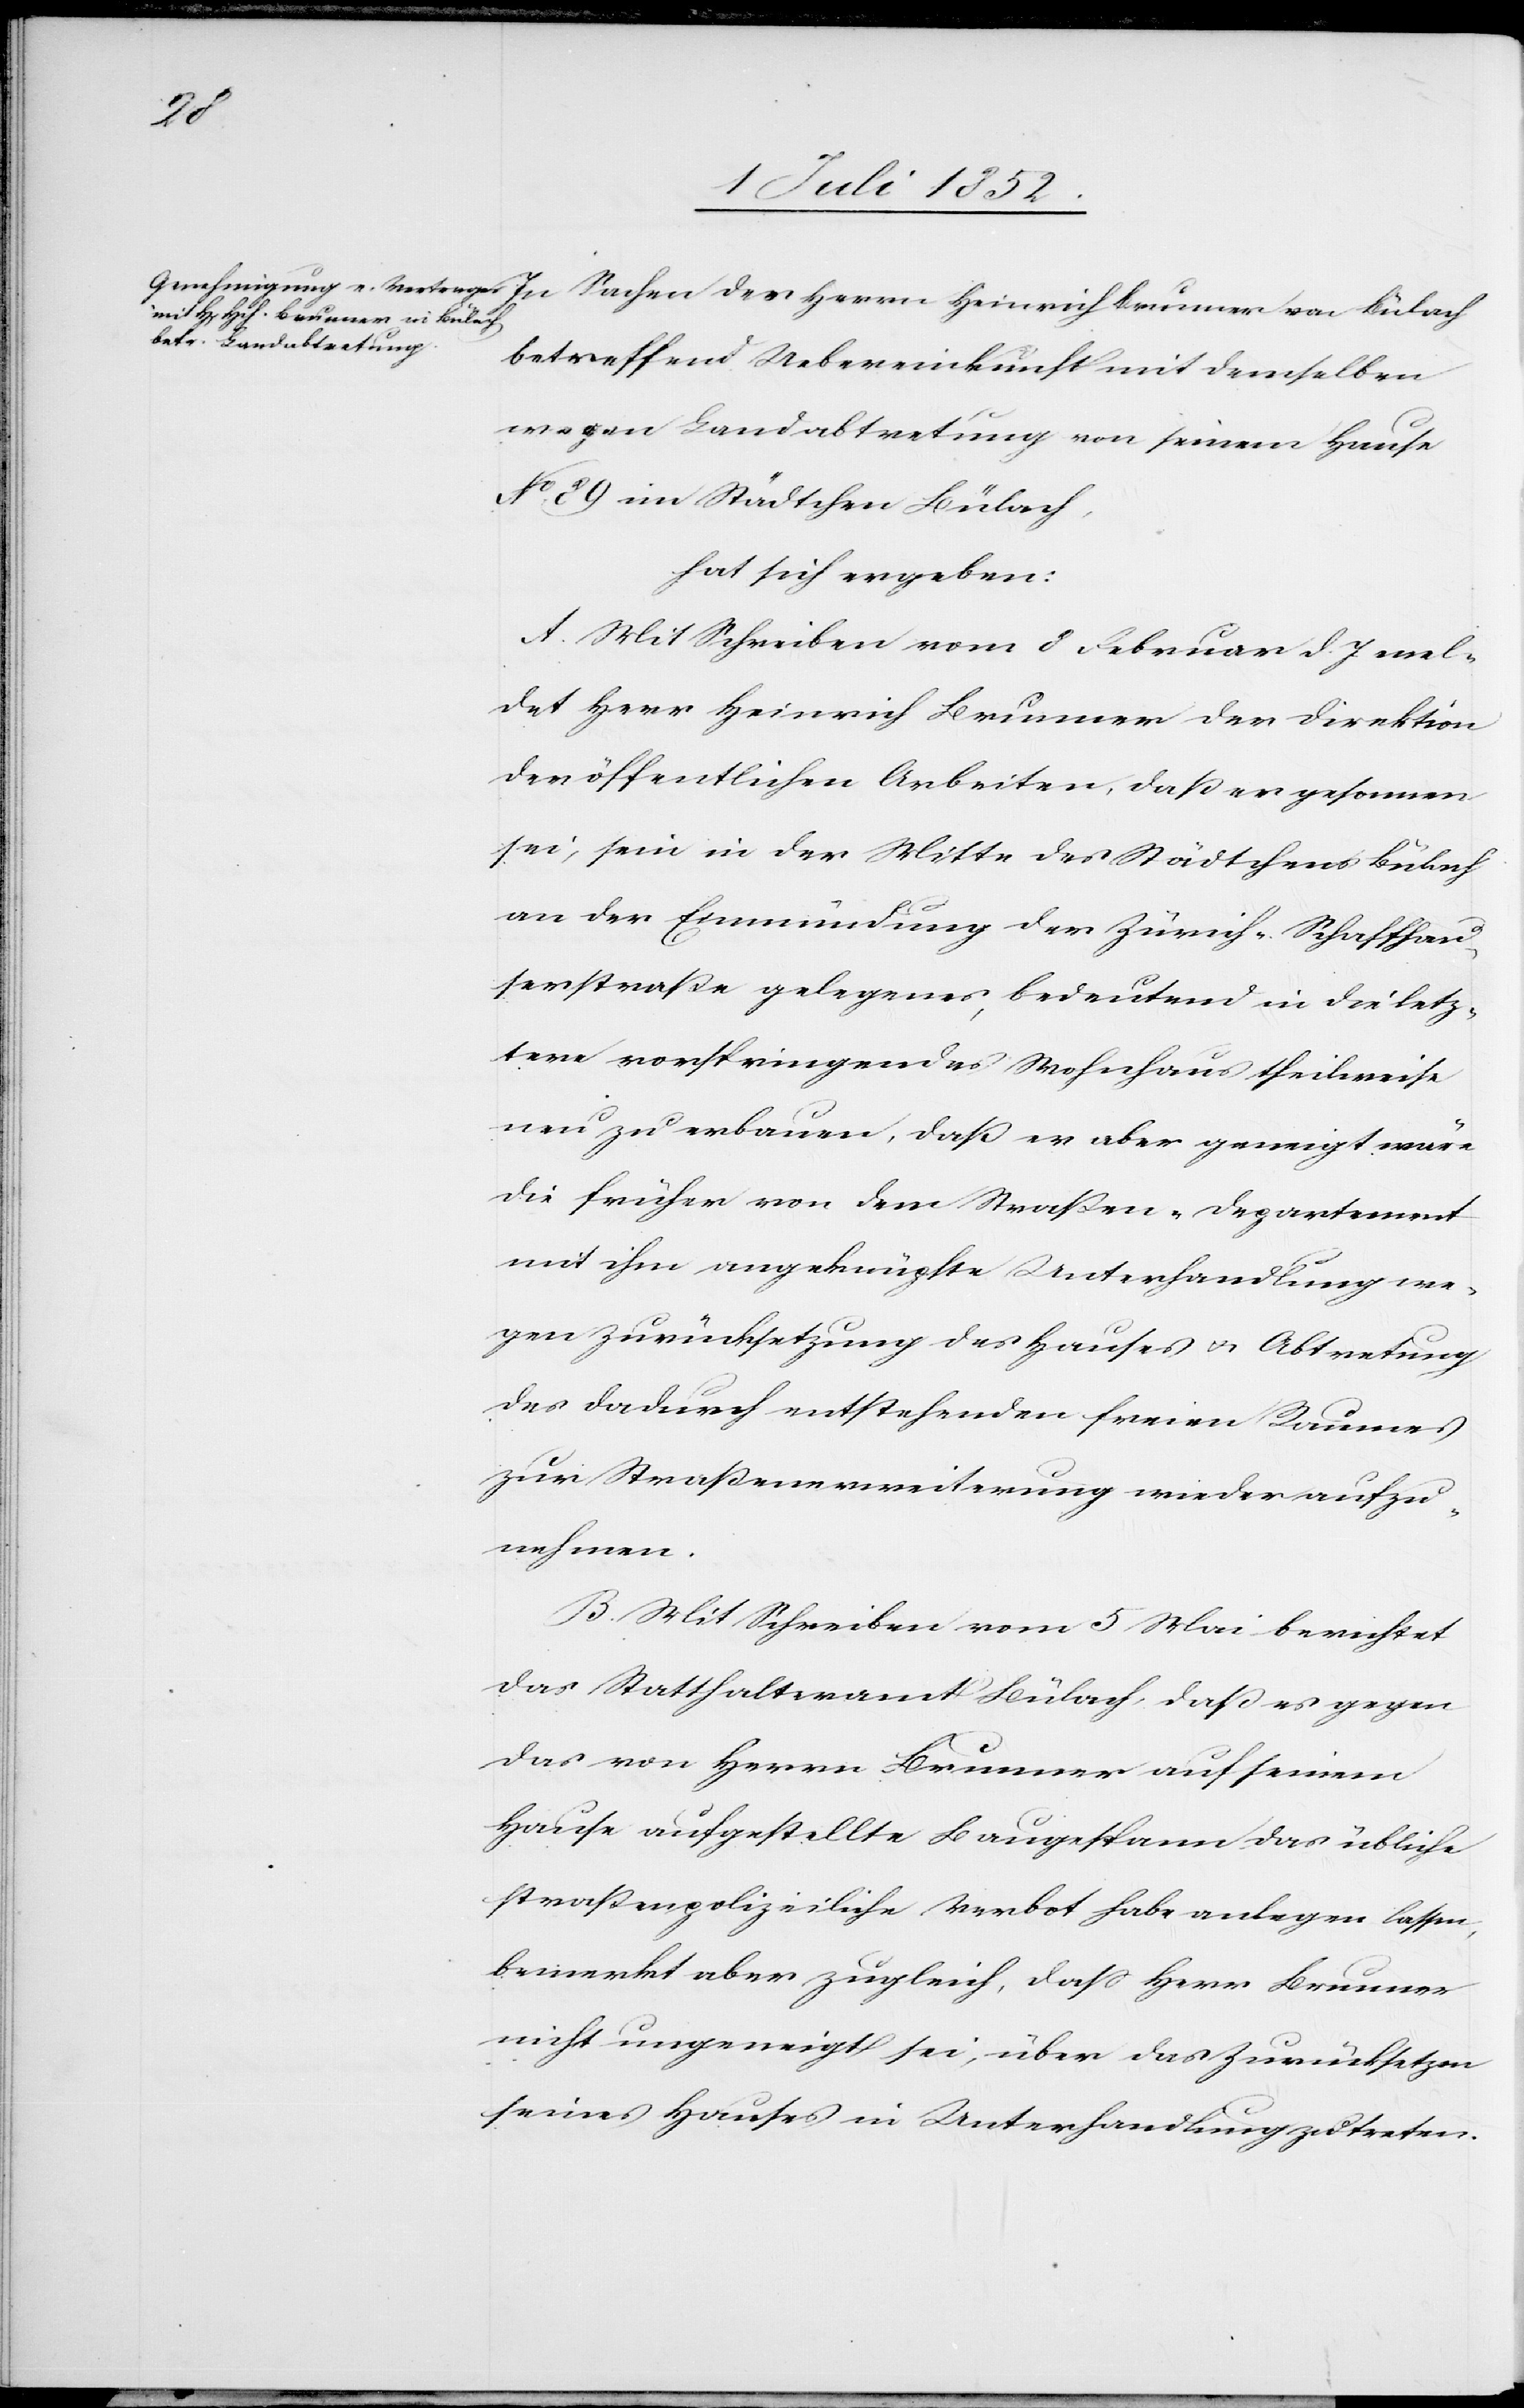
Her¬
rn Heinrich Brunner von Bülach
betreffend Uebereinkunft mit demselben
wegen Landabtretung von seinem Hause
No. 89 im Städtchen Bülach,
hat sich ergeben:
A. Mit Schreiben vom 8 Februar d. J. mel¬
det Herr Heinrich Brunner der Direktion
der öffentlichen Arbeiten, daß er gesonnen
sei, sein in der Mitte des Städtchens Bülach
an der Einmündung der Zürich-Schaffhau¬
serstraße gelegenes, bedeutend in die letz¬
tere vorspringendes Wohnhaus theilweise
neu zu erbauen, daß er aber geneigt wäre
die früher von dem Straßen-Departement
mit ihm angeknüpfte Unterhandlung we¬
gen Zurücksetzung des Hauses & Abtretung
des dadurch entstehenden freien Raumes
zur Straßenerweiterung wieder aufzu¬
nehmen.
B. Mit Schreiben vom 5 Mai berichtet
das Statthalteramt Bülach, daß es gegen
das von Herrn Brunner auf seinem
Hause aufgestellte Baugespann das übliche
straßenpolizeiliche Verbot habe anlegen lassen,
bemerkt aber zugleich, dass Herr Brunner
nicht ungeneigt sei, über das Zurücksetzen
seines Hauses in Unterhandlung zu treten.